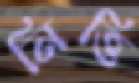
নিত্তি